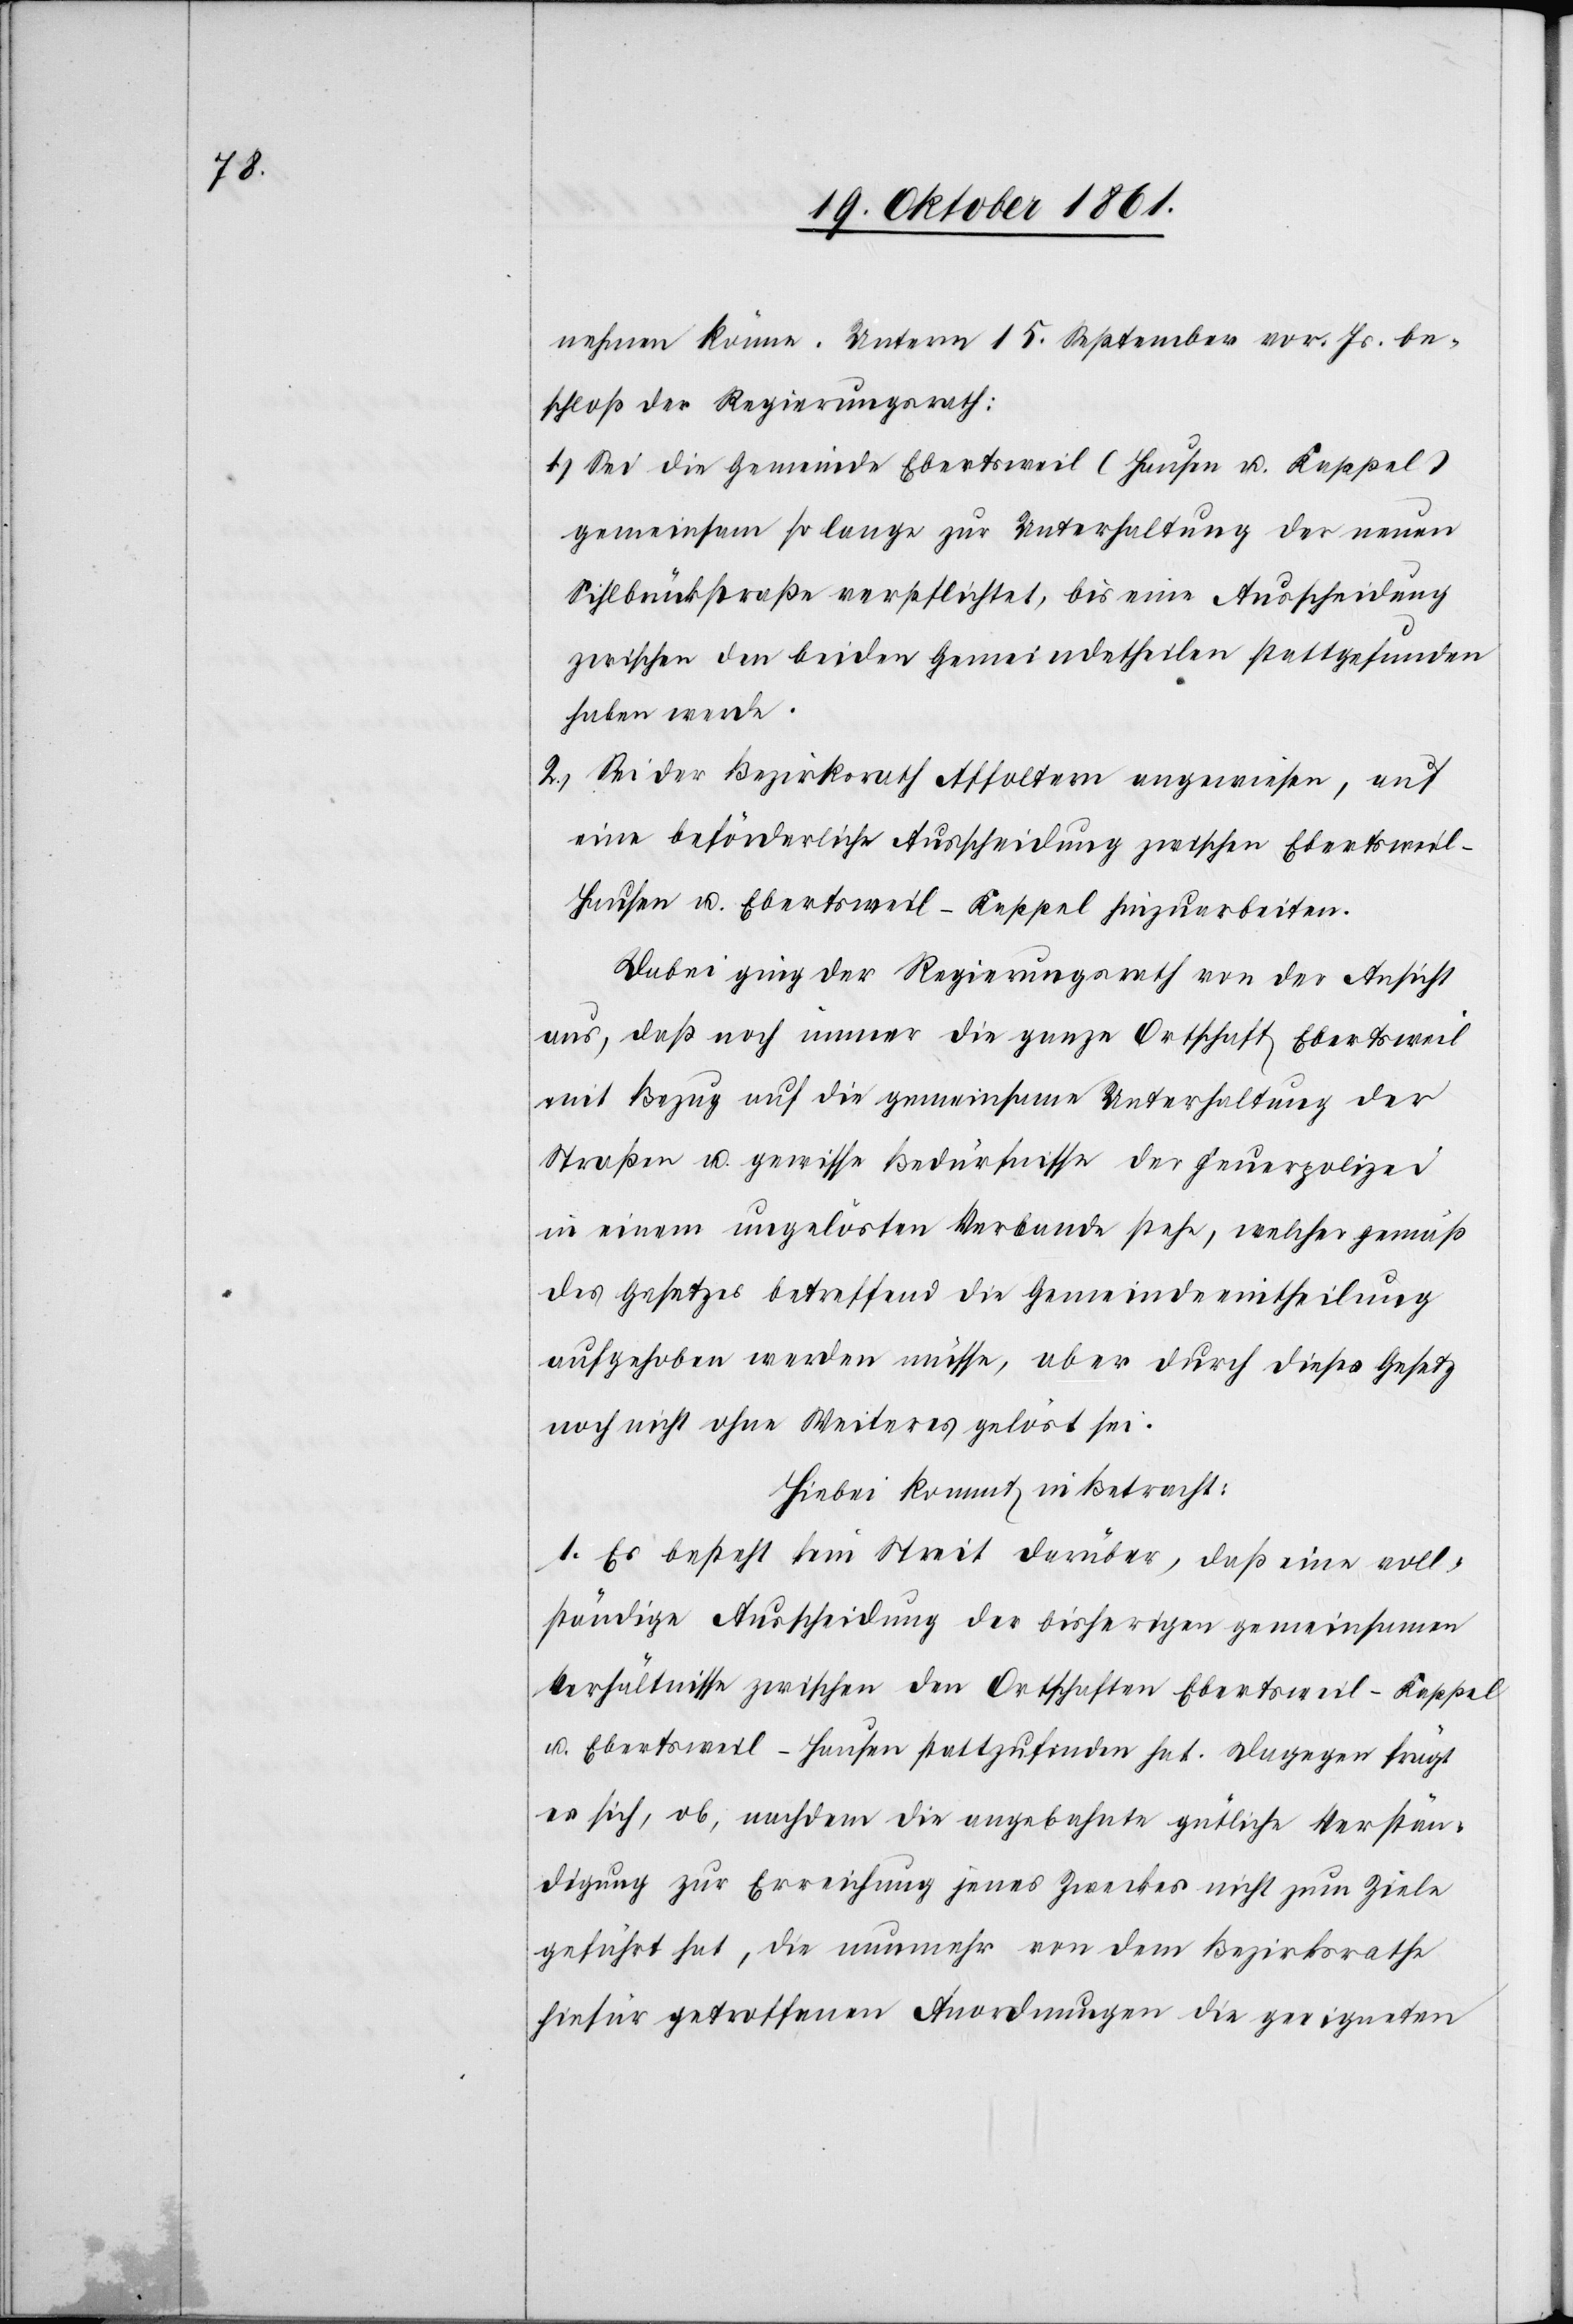
nehmen könne. Unterm 15 September vor. Js. be¬
schloß der Regierungsrath:
1.) Sei die Gemeinde Ebertsweil (Hausen u. Kappel)
gemeinsam so lange zur Unterhaltung der neuen
zwischen den beiden Gemeindetheilen stattgefunden
haben werde.
2.) Sei der Bezirksrath Affoltern angewiesen, auf
eine beförderliche Ausschreibung zwischen Ebertsweil-H¬
ausen u. Ebertsweil-Kappel hinzuarbeiten.
Dabei ging der Regierungsrath von der Ansicht
aus, daß noch immer die ganze Ortschaft Ebertsweil
mit Bezug auf die gemeinsame Unterhaltung der
Straßen u. gewisse Bedürfnisse der Feuerpolizei
in einem ungelösten Verbande stehe, welcher gemäß
des Gesetzes betreffend die Gemeindeeintheilung
aufgehoben werden müsse, aber durch dieses Gesetz
noch nicht ohne Weiteres gelöst sei.
Hiebei kommt in Betracht:
1. Es besteht kein Streit darüber, daß eine voll¬
ständige Ausscheidung der bisherigen gemeinsamen
Verhältnisse zwischen den Ortschaften Ebertsweil-Kappel
u. Ebertsweil-Hausen stattgefunden hat. Dagegen frägt
es sich, ob, nachdem die angebahnte gütliche Verstän¬
digung zur Erreichung jenes Zweckes nicht zum Ziele
geführt hat, die nunmehr von dem Bezirksrathe
hiefür getroffenen Anordnungen die geeigneten